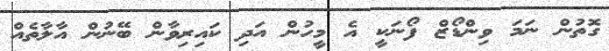
ގޮތުން ނަމަ ވިންޑޯޒް ފޯނަކީ އެ މީހުން އަދި ކައިރިވާން ބޭނުން އާލާތެއް